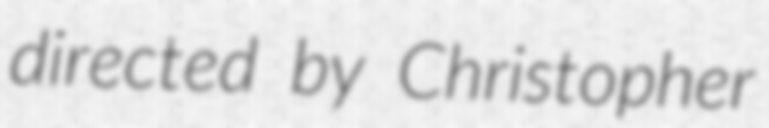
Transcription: directed by Christopher